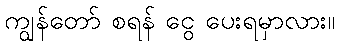
ကျွန်တော် စရန် ငွေ ပေးရမှာလား။